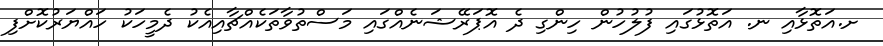
ށ.އަތޮޅާއި ނ. އަތޮޅުގައި ފުލުހުން ހިންގި ދެ އޮޕަރޭޝަނެއްގައި މަސްތުވާތަކެއްޗާއިއެކު ދެމީހަކު ހައްޔަރުކޮށްފި